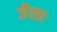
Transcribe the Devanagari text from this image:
जैसाः